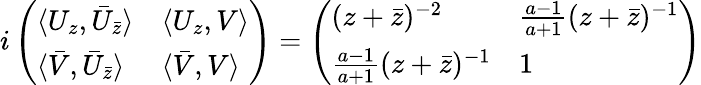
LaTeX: i\left(\begin{array}{ll}{{\langle U_{z},\bar{U}_{\bar{z}}\rangle}}&{{\langle U_{z},V\rangle}}\\ {{\langle\bar{V},\bar{U}_{\bar{z}}\rangle}}&{{\langle\bar{V},V\rangle}}\end{array}\right)=\left(\begin{array}{ll}{{(z+\bar{z})^{-2}}}&{{\frac{a-1}{a+1}(z+\bar{z})^{-1}}}\\ {{\frac{a-1}{a+1}(z+\bar{z})^{-1}}}&{{1}}\end{array}\right)